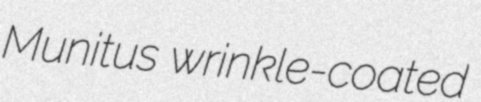
Munitus wrinkle-coated